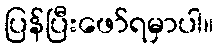
ပြန်ပြီးဖော်ရမှာပါ။